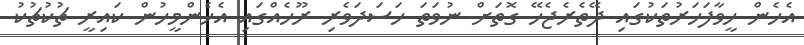
އެހެން ހީވާފަހަރުތަކުގައި ދޭތެރެޖެހޭ ގޮތަށް ނުވަތަ ހަސަދަވެރި ރޫހެއްގައި އެހެންމީހުން ކައިރީ ޗުކުޗުކު